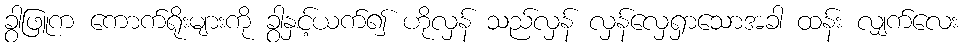
ခွါဖြူက ကောက်ရိုးများကို ခွါနှင့်ယက်၍ ဟိုလှန် သည်လှန် လှန်လှေရှာသောအခါ ထန်း လျှက်လေး